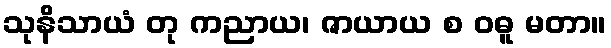
သုနိသာယံ တု ကညာယ၊ ဇာယာယ စ ဝဓူ မတာ။